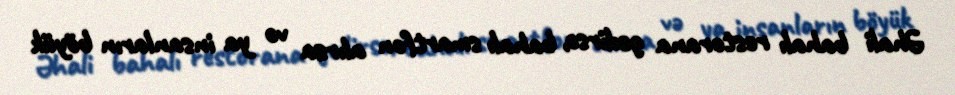
Əhali bahalı restorana gedirsə, bahalı smartfon alırsa və ya insanların böyük